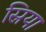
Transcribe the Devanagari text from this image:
स्रिया